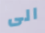
الى